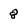
Character: 8